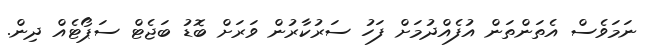
ނަމަވެސް އެތަންތަން އުފެއްދުމަށް ފަހު ސަރުކާރުން ވަރަށް ބޮޑު ބަޖެޓް ސަޕޯޓެއް ދިން.